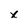
Character: x